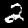
Digit: 2